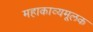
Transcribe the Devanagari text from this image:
महाकाव्यमूलक